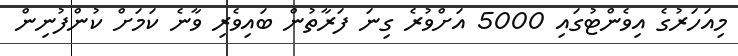
މިއަހަރުގެ އިވެންޓުގައި 5000 އަށްވުރެ ގިނަ ފަރާތުން ބައިވެރި ވާނެ ކަމަށް ކުންފުނިން